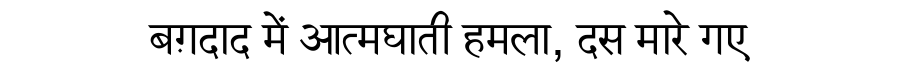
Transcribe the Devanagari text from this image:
बग़दाद में आत्मघाती हमला, दस मारे गए